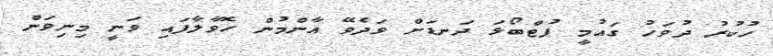
ހުކުރު ދުވަހު ގައުމީ ފުޓްބޯޅަ ދަނޑަށް ވަދެވޭ އާންމުން ހޮވާލާފައި ވަނީ މިނިވަން